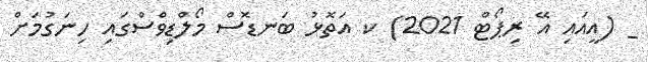
_ (އީއައި އޭ ރިޕޯޓް 2021) ކ އަތޮޅު ބަނޑޮސް މޯލްޑިވްްސްގައި ހިނަގުމަށް